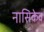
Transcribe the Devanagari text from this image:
नासिकेव